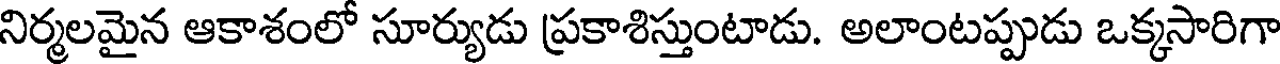
నిర్మలమైన ఆకాశంలో సూర్యుడు ప్రకాశిస్తుంటాడు. అలాంటప్పుడు ఒక్కసారిగా